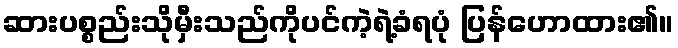
ဆားပစ္စည်းသိုမှီးသည်ကိုပင်ကဲ့ရဲ့ခံရပုံ ပြန်ဟောထား၏။